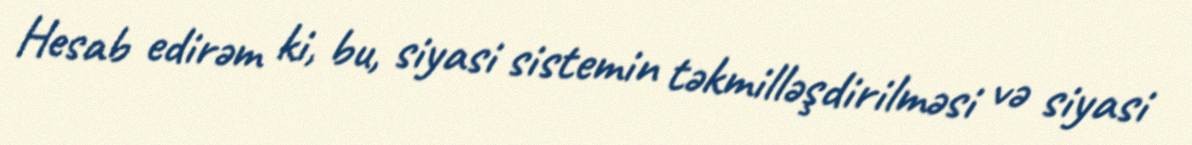
Hesab edirəm ki, bu, siyasi sistemin təkmilləşdirilməsi və siyasi